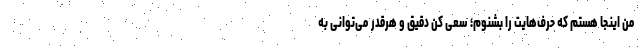
من اینجا هستم که حرف‌هایت را بشنوم؛ سعی کن دقیق و هرقدر می‌توانی به